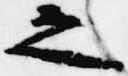
之